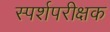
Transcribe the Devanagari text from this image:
स्पर्शपरीक्षक